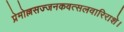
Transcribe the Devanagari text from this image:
प्रेमोल्लसज्जनकवत्सलवारिराशे।